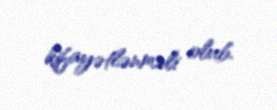
kifayətlənməli olub.